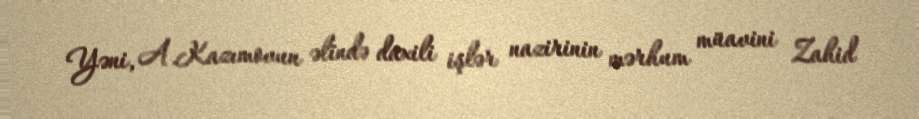
Yəni, A.Kazımovun əlində daxili işlər nazirinin mərhum müavini Zahid